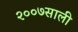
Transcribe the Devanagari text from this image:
२००७साली